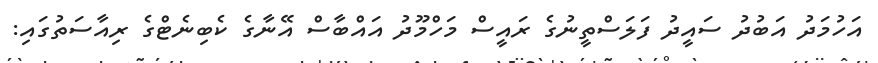
އަހުމަދު އަބުދު ސައީދު ފަލަސްތީނުގެ ރައީސް މަހްމޫދު އައްބާސް އޭނާގެ ކެބިނެޓްގެ ރިއާސަތުގައި: